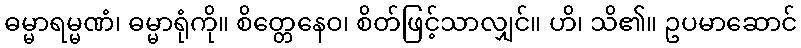
ဓမ္မာရမ္မဏံ၊ ဓမ္မာရုံကို။ စိတ္တေနေဝ၊ စိတ်ဖြင့်သာလျှင်။ ဟိ၊ သိ၏။ ဥပမာဆောင်